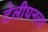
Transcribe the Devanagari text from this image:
टेलीघनत्व